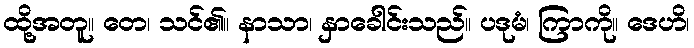
ထို့အတူ။ တေ၊ သင်၏။ နာသာ၊ နှာခေါင်းသည်။ ပဒုမံ၊ ကြာကို။ ဒေဟိ၊